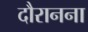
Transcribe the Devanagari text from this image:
दौरानना